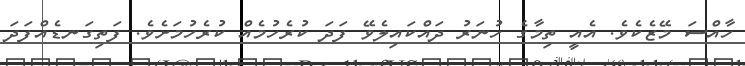
ހާއްސަ މޭޒެކެވެ. އެއީ ތިމާގެ ހުނަރު ދައްކައިލެވޭ ފަދަ ކުރެހުމެއް ކުރެހުމަށެވެ. ފަތިގަނޑެއްފަދަ